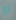
لو